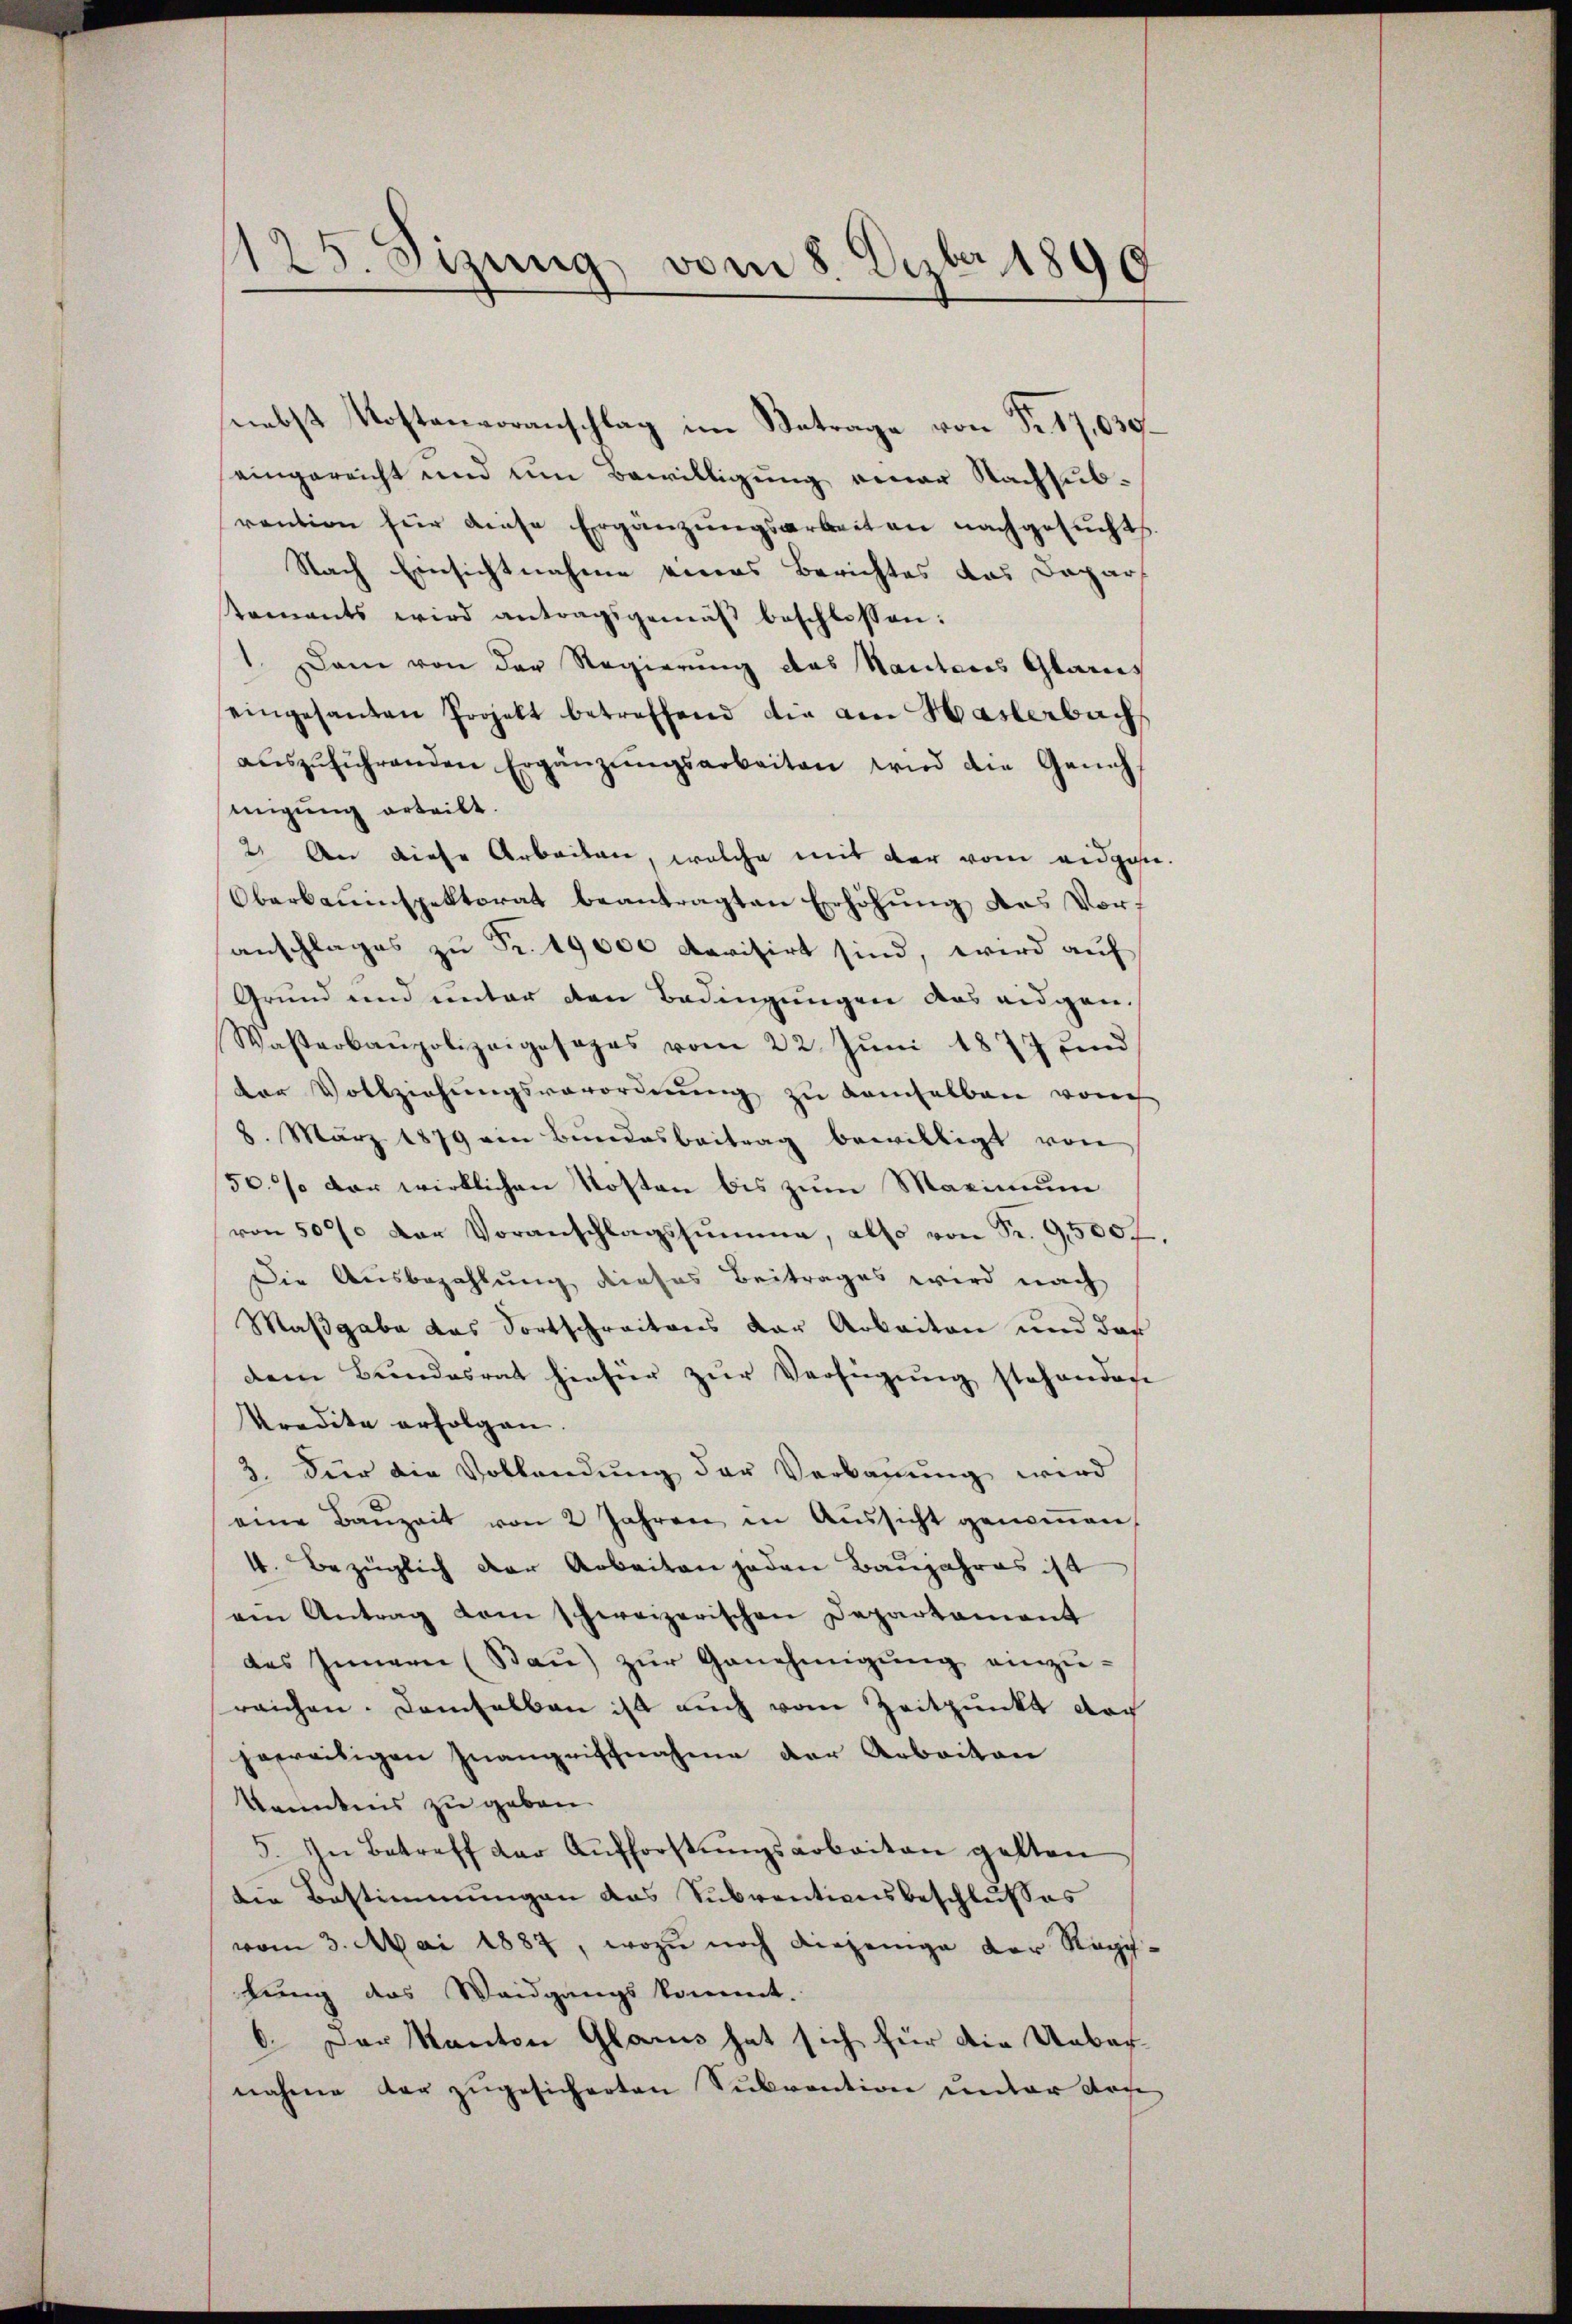
125. Sizung vom 8. Dezbr 1890

(nebst Kostenvoranschlag im Betrage von Fr. 17,030.
eingereicht und um Bewilligung einer Nachsubrention für diese Ergänzungsarbeit an nachgesucht.
Nach Einsichtnahme eines Berichtes das Dapars
taments wird antragsgemäß beschlossen:
1. Dann von der Regierung des Kantons Glarus
eingesanten Projekt betreffend die am Haslerbach
aŭszŭführenden Ergänzŭngsarbeiten wird die Genehmigung erteilt.
2. An diese Arbeiten, welche mit der vom eidgen.
Oberbauinspektorat beantragten Erhöhung des Voranschlages zu Fr. 19000 devisirt sind, wird auf
Grund und unter den Bedingungen das eidgen.
Wasserbaupolizeigesages vom 22. Juni 1877 und
der Vollziehŭngsverordnŭng zu demselben vom
8. März 1879 ein Bŭndesbeitrag bewilligt von
50% der wirklichen Kosten bis zum Maximum
von 500 der Voranschlagssumme, also von Fr. 95007.
Die Ausbezahlung dieses Beitrages wird nach
Maßgabe das Fortschreitens der Arbeiten und der
dem Bundesrat hiefür zŭr Verfügung stehenden
kredite erfolgen.
3. Für die Vollendung der Verbauung wird
eine Bauzeit von 2 Jahren in Aŭssicht genoṁen,
4. Bezüglich der Arbeiten jeden Baŭjahres ist
am Antrag dem schweizerischen Departament
des Innern (Bau) zur Genehmigung einzureichen. Demselben ist auch vom Zeitpunkt der
jeweiligen Inangriffnahme der Arbeiten
Kenntnis zu geben.
5. In Betreff der Aufforstŭngsarbeiten gelten
die Bestimmungen das Subventionsbeschlusses
vom 3. Mai 1887, wozu noch diejenige der Regilung das Waidgangskommt.
6. Der Kanton Glarus hat sich für die Uebernahme der zŭgesicherten Subvention unter Koche